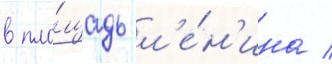
в пло́щадь л'е́н'ина /